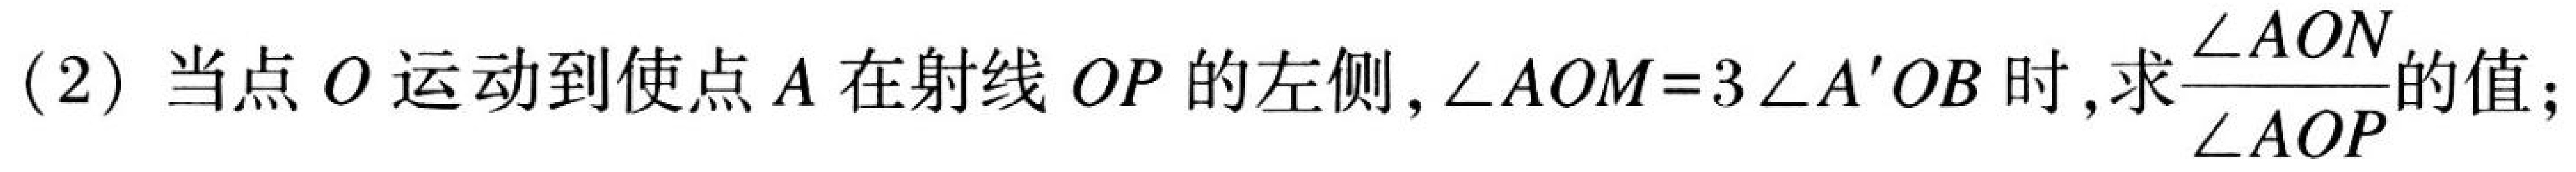
(2) 当点 \(O\) 运动到使点 \(A\) 在射线 \(OP\) 的左侧, \(\angle AOM = 3\angle A'OB\) 时,求\(\frac{\angle AON}{\angle AOP}\)的值;